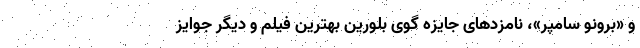
و «برونو سامپر»، نامزدهای جایزه گوی بلورین بهترین فیلم و دیگر جوایز